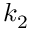
k _ { 2 }